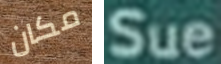
مكان Sue